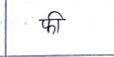
मजकूर: फी